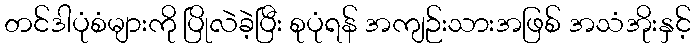
တင်ဒါပုံစံများကို ပြိုလဲခဲ့ပြီး စုပုံရန် အကျဉ်းသားအဖြစ် အသံအိုးနှင့်